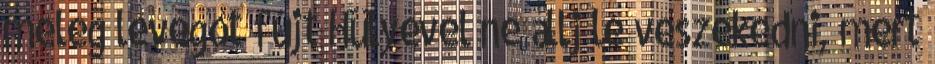
meleg levegőt fújt Hülyével ne állj le veszekedni, mert